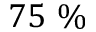
7 5 ~ \%